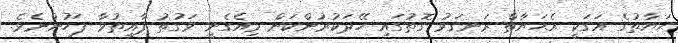
ޙަޔާތުގެ އަގަކީ އެޙަޔާތް ރަނގަޅު ގޮތުގައި ހޭދަކުރުންކަން މިއެގެނީ ވަގުތު ފާއިތުވާ ފަހުންނެވެ.